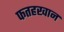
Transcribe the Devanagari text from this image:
फतहखान